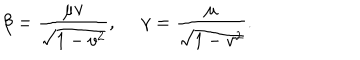
LaTeX: \beta = \frac { \mu v } { \sqrt { 1 - v ^ { 2 } } } , ~ ~ \gamma = \frac { \mu } { \sqrt { 1 - v ^ { 2 } } } .